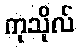
ကုသိုလ်